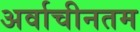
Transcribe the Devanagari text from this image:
अर्वाचीनतम